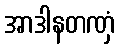
အာဒါနတဏှံ